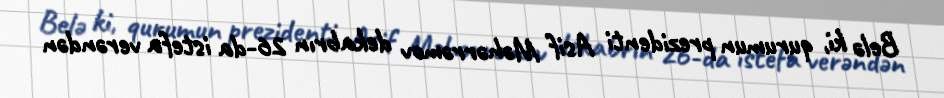
Belə ki, qurumun prezidenti Asif Məhərrəmov dekabrın 26-da istefa verəndən